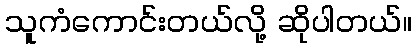
သူကံကောင်းတယ်လို့ ဆိုပါတယ်။